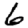
Digit: 6